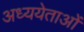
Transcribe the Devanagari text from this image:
अध्ययेताओं